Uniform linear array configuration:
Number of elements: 8
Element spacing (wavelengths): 0.25
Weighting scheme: kaiser
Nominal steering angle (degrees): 45
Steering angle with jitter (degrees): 43.2
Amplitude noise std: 0.05
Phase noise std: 0.05

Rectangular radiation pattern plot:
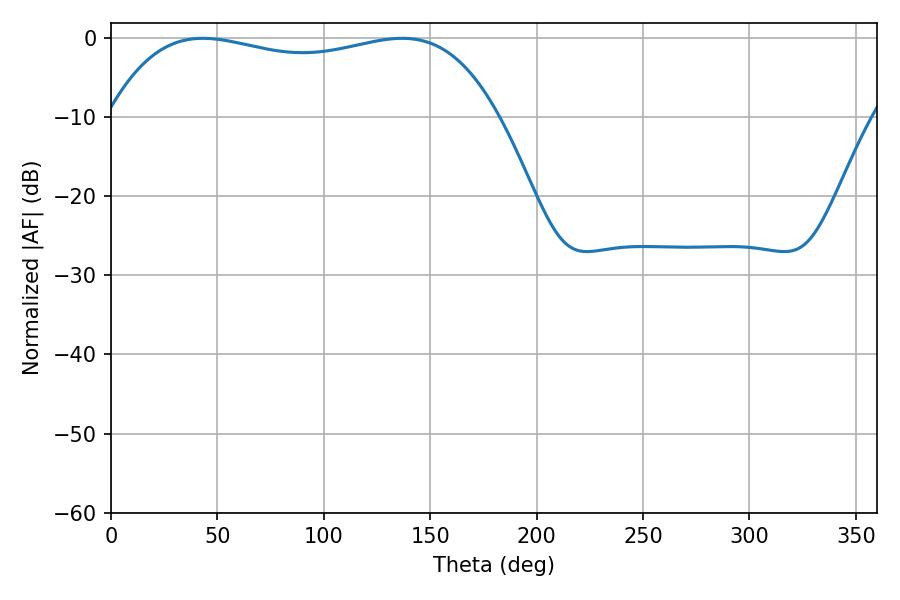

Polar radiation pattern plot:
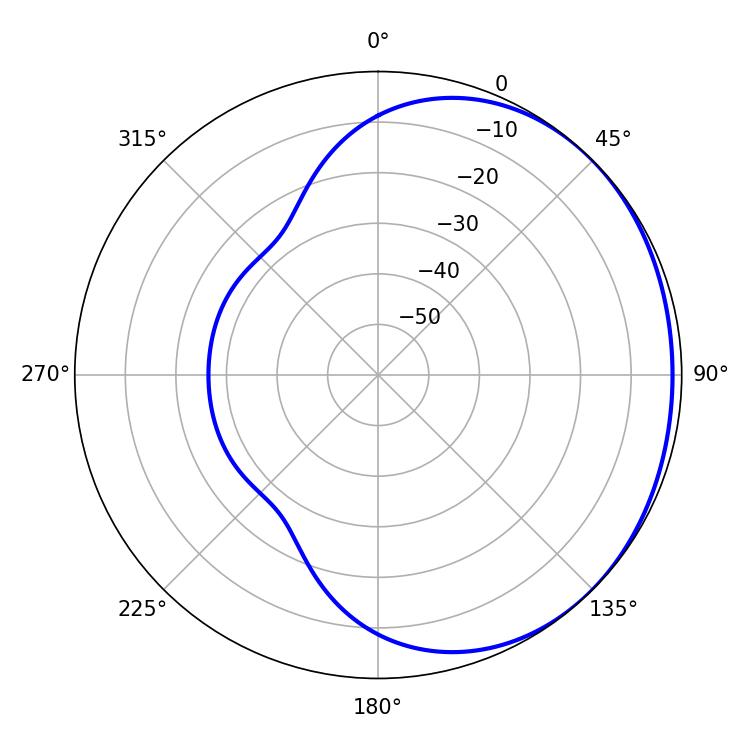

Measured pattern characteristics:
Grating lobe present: FALSE
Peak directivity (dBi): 1.012
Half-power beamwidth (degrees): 147.6
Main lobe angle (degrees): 43.2